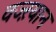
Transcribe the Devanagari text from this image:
वज्ऱयान